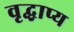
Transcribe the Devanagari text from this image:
वृद्धाप्य